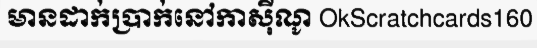
មានដាក់ប្រាក់នៅកាស៊ីណូ OkScratchcards160